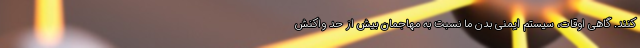
‌کنند. گاهی اوقات، سیستم ایمنی بدن ما نسبت به مهاجمان بیش از حد واکنش